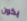
يكون